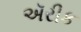
ઍરીક